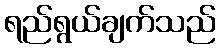
ရည်ရွယ်ချက်သည်